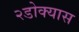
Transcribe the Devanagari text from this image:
२डोक्यास